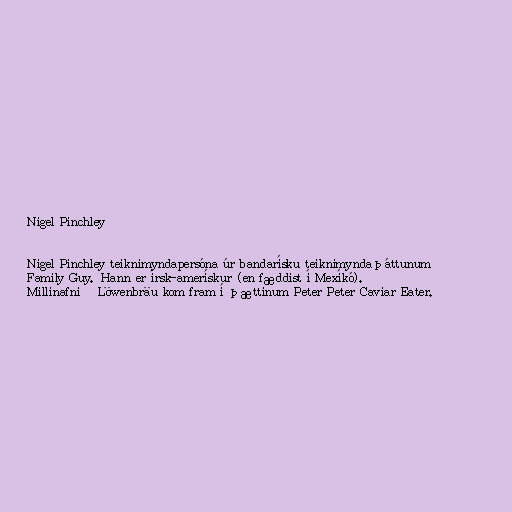
Nigel Pinchley

Nigel Pinchley teiknimyndapersóna úr bandarísku teiknimyndaþáttunum
Family Guy. Hann er írsk-amerískur (en fæddist í Mexíkó).
Millinafnið Löwenbräu kom fram í þættinum Peter Peter Caviar Eater.